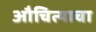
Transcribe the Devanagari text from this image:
औचित्याचा